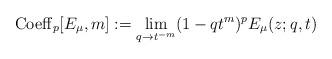
LaTeX: \begin{align*}{\rm Coeff}_p[E_{\mu},m]:=\lim_{q \rightarrow t^{-m}} (1-qt^{m})^p E_{\mu}(z;q,t)\end{align*}